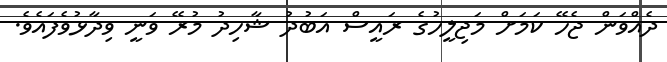
ދެއްވަން ޖެހޭ ކަމަށް މަޖިލީހުގެ ރައީސް އަބުދު ޝާހިދު މުރޭ ވަނީ ވިދާޅުވެފައެވެ.